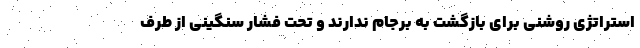
استراتژی روشنی برای بازگشت به برجام ندارند و تحت فشار سنگینی از طرف